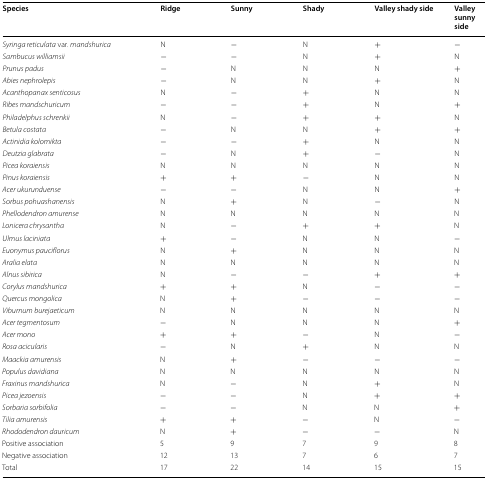
| Species | Ridge | Sunny | Shady | Valley shady side | Valley sunny side |
 | --- | --- | --- | --- | --- | --- |
 | Syringa reticulata var. mandshurica | N | − | N | + | − |
 | Sambucus williamsii | − | − | N | + | N |
 | Prunus padus | − | N | N | N | + |
 | Abies nephrolepis | − | N | N | + | N |
 | Acanthopanax senticosus | N | − | + | N | N |
 | Ribes mandschuricum | − | − | + | N | + |
 | Philadelphus schrenkii | N | − | + | + | N |
 | Betula costata | − | N | N | + | + |
 | Actinidia kolomikta | − | − | + | N | N |
 | Deutzia glabrata | − | N | + | − | N |
 | Picea koraiensis | N | N | N | N | N |
 | Pinus koraiensis | + | + | − | N | N |
 | Acer ukurunduense | − | − | N | N | + |
 | Sorbus pohuashanensis | N | + | N | − | N |
 | Phellodendron amurense | N | N | N | N | N |
 | Lonicera chrysantha | N | − | + | + | N |
 | Ulmus laciniata | + | − | N | N | − |
 | Euonymus pauciflorus | N | + | N | N | N |
 | Aralia elata | N | N | N | N | N |
 | Alnus sibirica | N | − | − | + | + |
 | Corylus mandshurica | + | + | N | − | − |
 | Quercus mongolica | N | + | − | − | − |
 | Viburnum burejaeticum | N | N | N | N | N |
 | Acer tegmentosum | − | N | N | N | + |
 | Acer mono | + | + | − | N | − |
 | Rosa acicularis | − | N | + | N | N |
 | Maackia amurensis | N | + | − | − | − |
 | Populus davidiana | N | N | N | N | N |
 | Fraxinus mandshurica | N | − | N | + | N |
 | Picea jezoensis | − | − | N | + | + |
 | Sorbaria sorbifolia | − | − | N | N | + |
 | Tilia amurensis | + | + | − | N | − |
 | Rhododendron dauricum | N | + | − | − | N |
 | Positive association | 5 | 9 | 7 | 9 | 8 |
 | Negative association | 12 | 13 | 7 | 6 | 7 |
 | Total | 17 | 22 | 14 | 15 | 15 |